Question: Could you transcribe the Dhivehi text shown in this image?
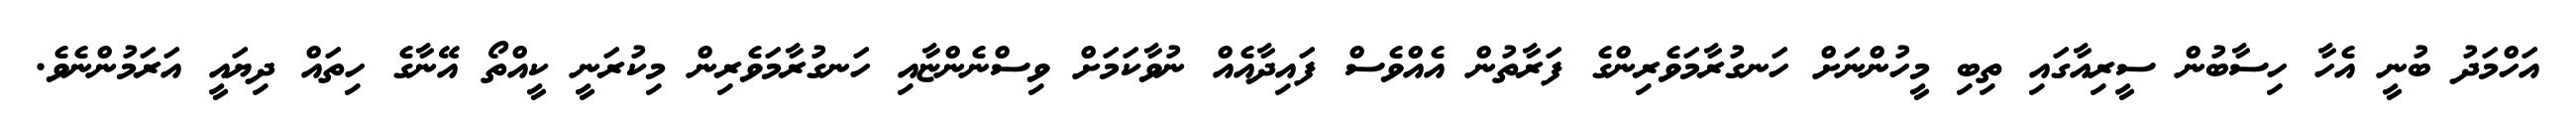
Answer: އަހްމަދު ބުނީ އެހާ ހިސާބުން ސީރިއާގައި ތިބި މީހުންނަށް ހަނގުރާމަވެރިންގެ ފަރާތުން އެއްވެސް ފައިދާއެއް ނުވާކަމަށް ވިސްނެންޏާއި ހަނގުރާމަވެރިން މިކުރަނީ ކީއްތޯ އޭނާގެ ހިތައް ދިޔައީ އަރަމުންނެވެ.